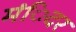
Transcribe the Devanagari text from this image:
मंिदर